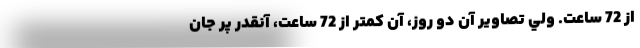
از 72 ساعت. ولي تصاوير آن دو روز، آن كمتر از 72 ساعت، آنقدر پر جان